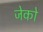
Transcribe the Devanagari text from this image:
जेको